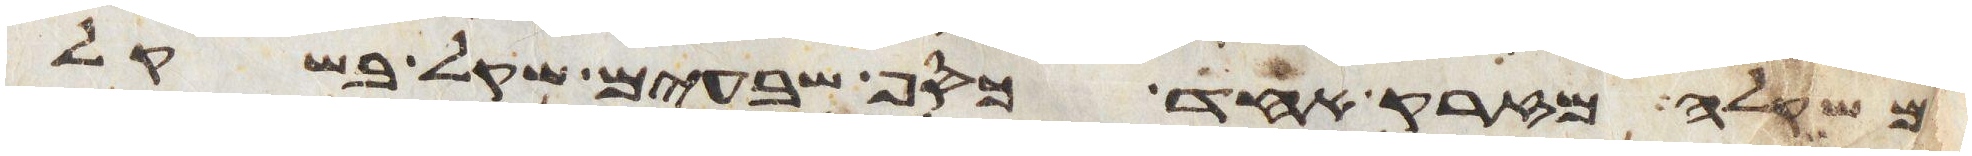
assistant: משקלה מזרק אחד כסף שבעים שקל בשקל